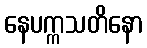
နေပက္ကသတိနော